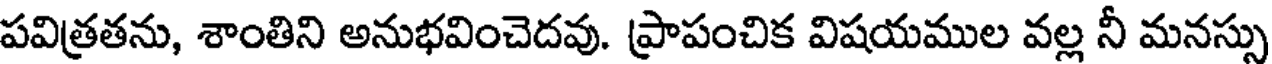
పవిత్రతను, శాంతిని అనుభవించెదవు. ప్రాపంచిక విషయముల వల్ల నీ మనస్సు